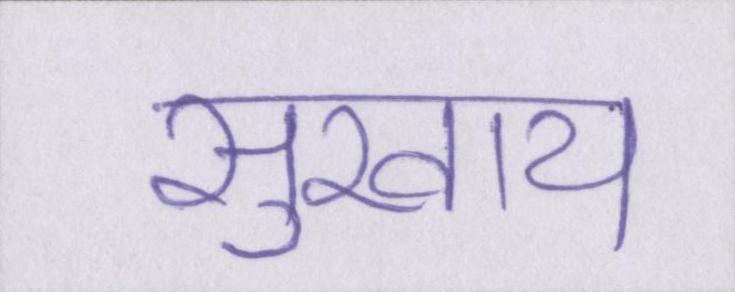
सुखाय